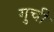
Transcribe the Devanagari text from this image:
गुची